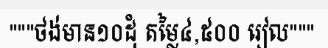
"""ថង់មាន១០ដុំ តម្លៃ៤,៥០០ រៀល"""